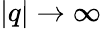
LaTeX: |q|\to\infty